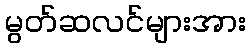
မွတ်ဆလင်များအား